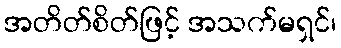
အတိတ်စိတ်ဖြင့် အသက်မရှင်၊